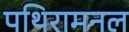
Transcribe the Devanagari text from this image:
पथिरामनल